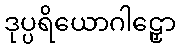
ဒုပ္ပရိယောဂါဠှော